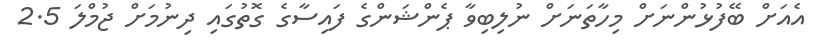
އެއަށް ބޭފުޅުންނަށް މިހާތަނަށް ނުލިބިވާ ޕެންޝަންގެ ފައިސާގެ ގޮތުގައި ދިނުމަށް ޖުމްލަ 2.5